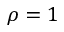
\rho = 1